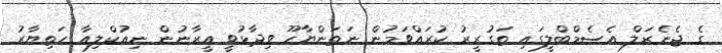
ގެ ޖެނެރަލް އެސެމްބްލީގައި ތަގުރީރު ކުރައްވަމުން ނަތަންޔާހޫ ވިދާޅުވީ އީރާނުން ނިއުކްލިއާ ހަތިޔާރު